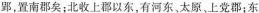
郢，置南郡矣；北收上郡以东，有河东、太原、上党郡；东